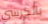
بالكرسي